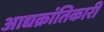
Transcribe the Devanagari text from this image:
आद्यक्रांतिकारी